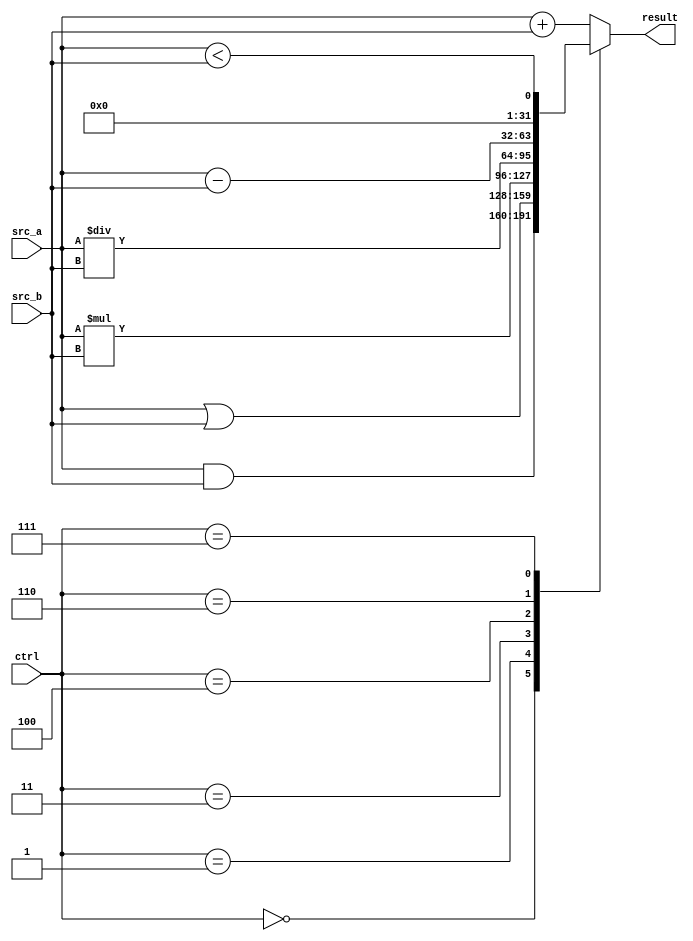
/**
 * Arithmetic Logic Unit.
 */
module alu
  (
   input [2:0]       ctrl,
   input [31:0]      src_a, src_b,
   output reg [31:0] result);

   always @(*) begin
      case (ctrl)
        0: result = src_a & src_b;
        1: result = src_a | src_b;
        2: result = src_a + src_b;
        3: result = src_a * src_b;
        4: result = src_a / src_b;
        6: result = src_a - src_b;
        7: result = src_a < src_b;
        default: result = src_a + src_b;
      endcase // case (ctrl)
   end // always begin
endmodule // alu